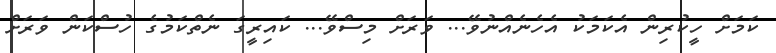
ކަމަށް ހީކުރިން އެކަމަކު އެހެނެއްނުވޭ... ވަރަށް މިސްވޭ... ކައިރީގަ ނެތްކަމުގެ ހުސްކަން ވަރަށް